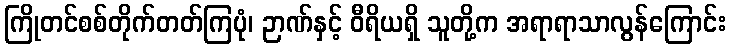
ကြိုတင်စစ်တိုက်တတ်ကြပုံ၊ ဉာဏ်နှင့် ဝီရိယရှိ သူတို့က အရာရာသာလွန်ကြောင်း